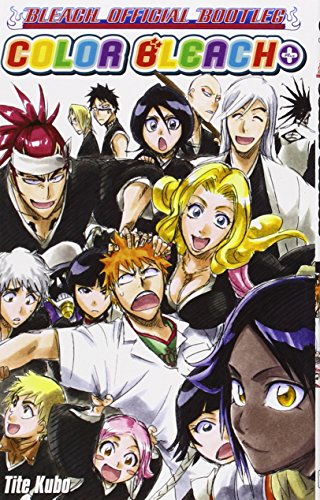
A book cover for Color Bleach+: The Bleach Official Bootleg; Tite Kubo; Teen & Young Adult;